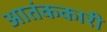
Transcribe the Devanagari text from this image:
आतंककारी